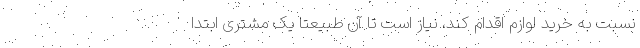
نسبت به خرید لوازم اقدام کند، نیاز است تا آن طبیعتاً یک مشتری ابتدا